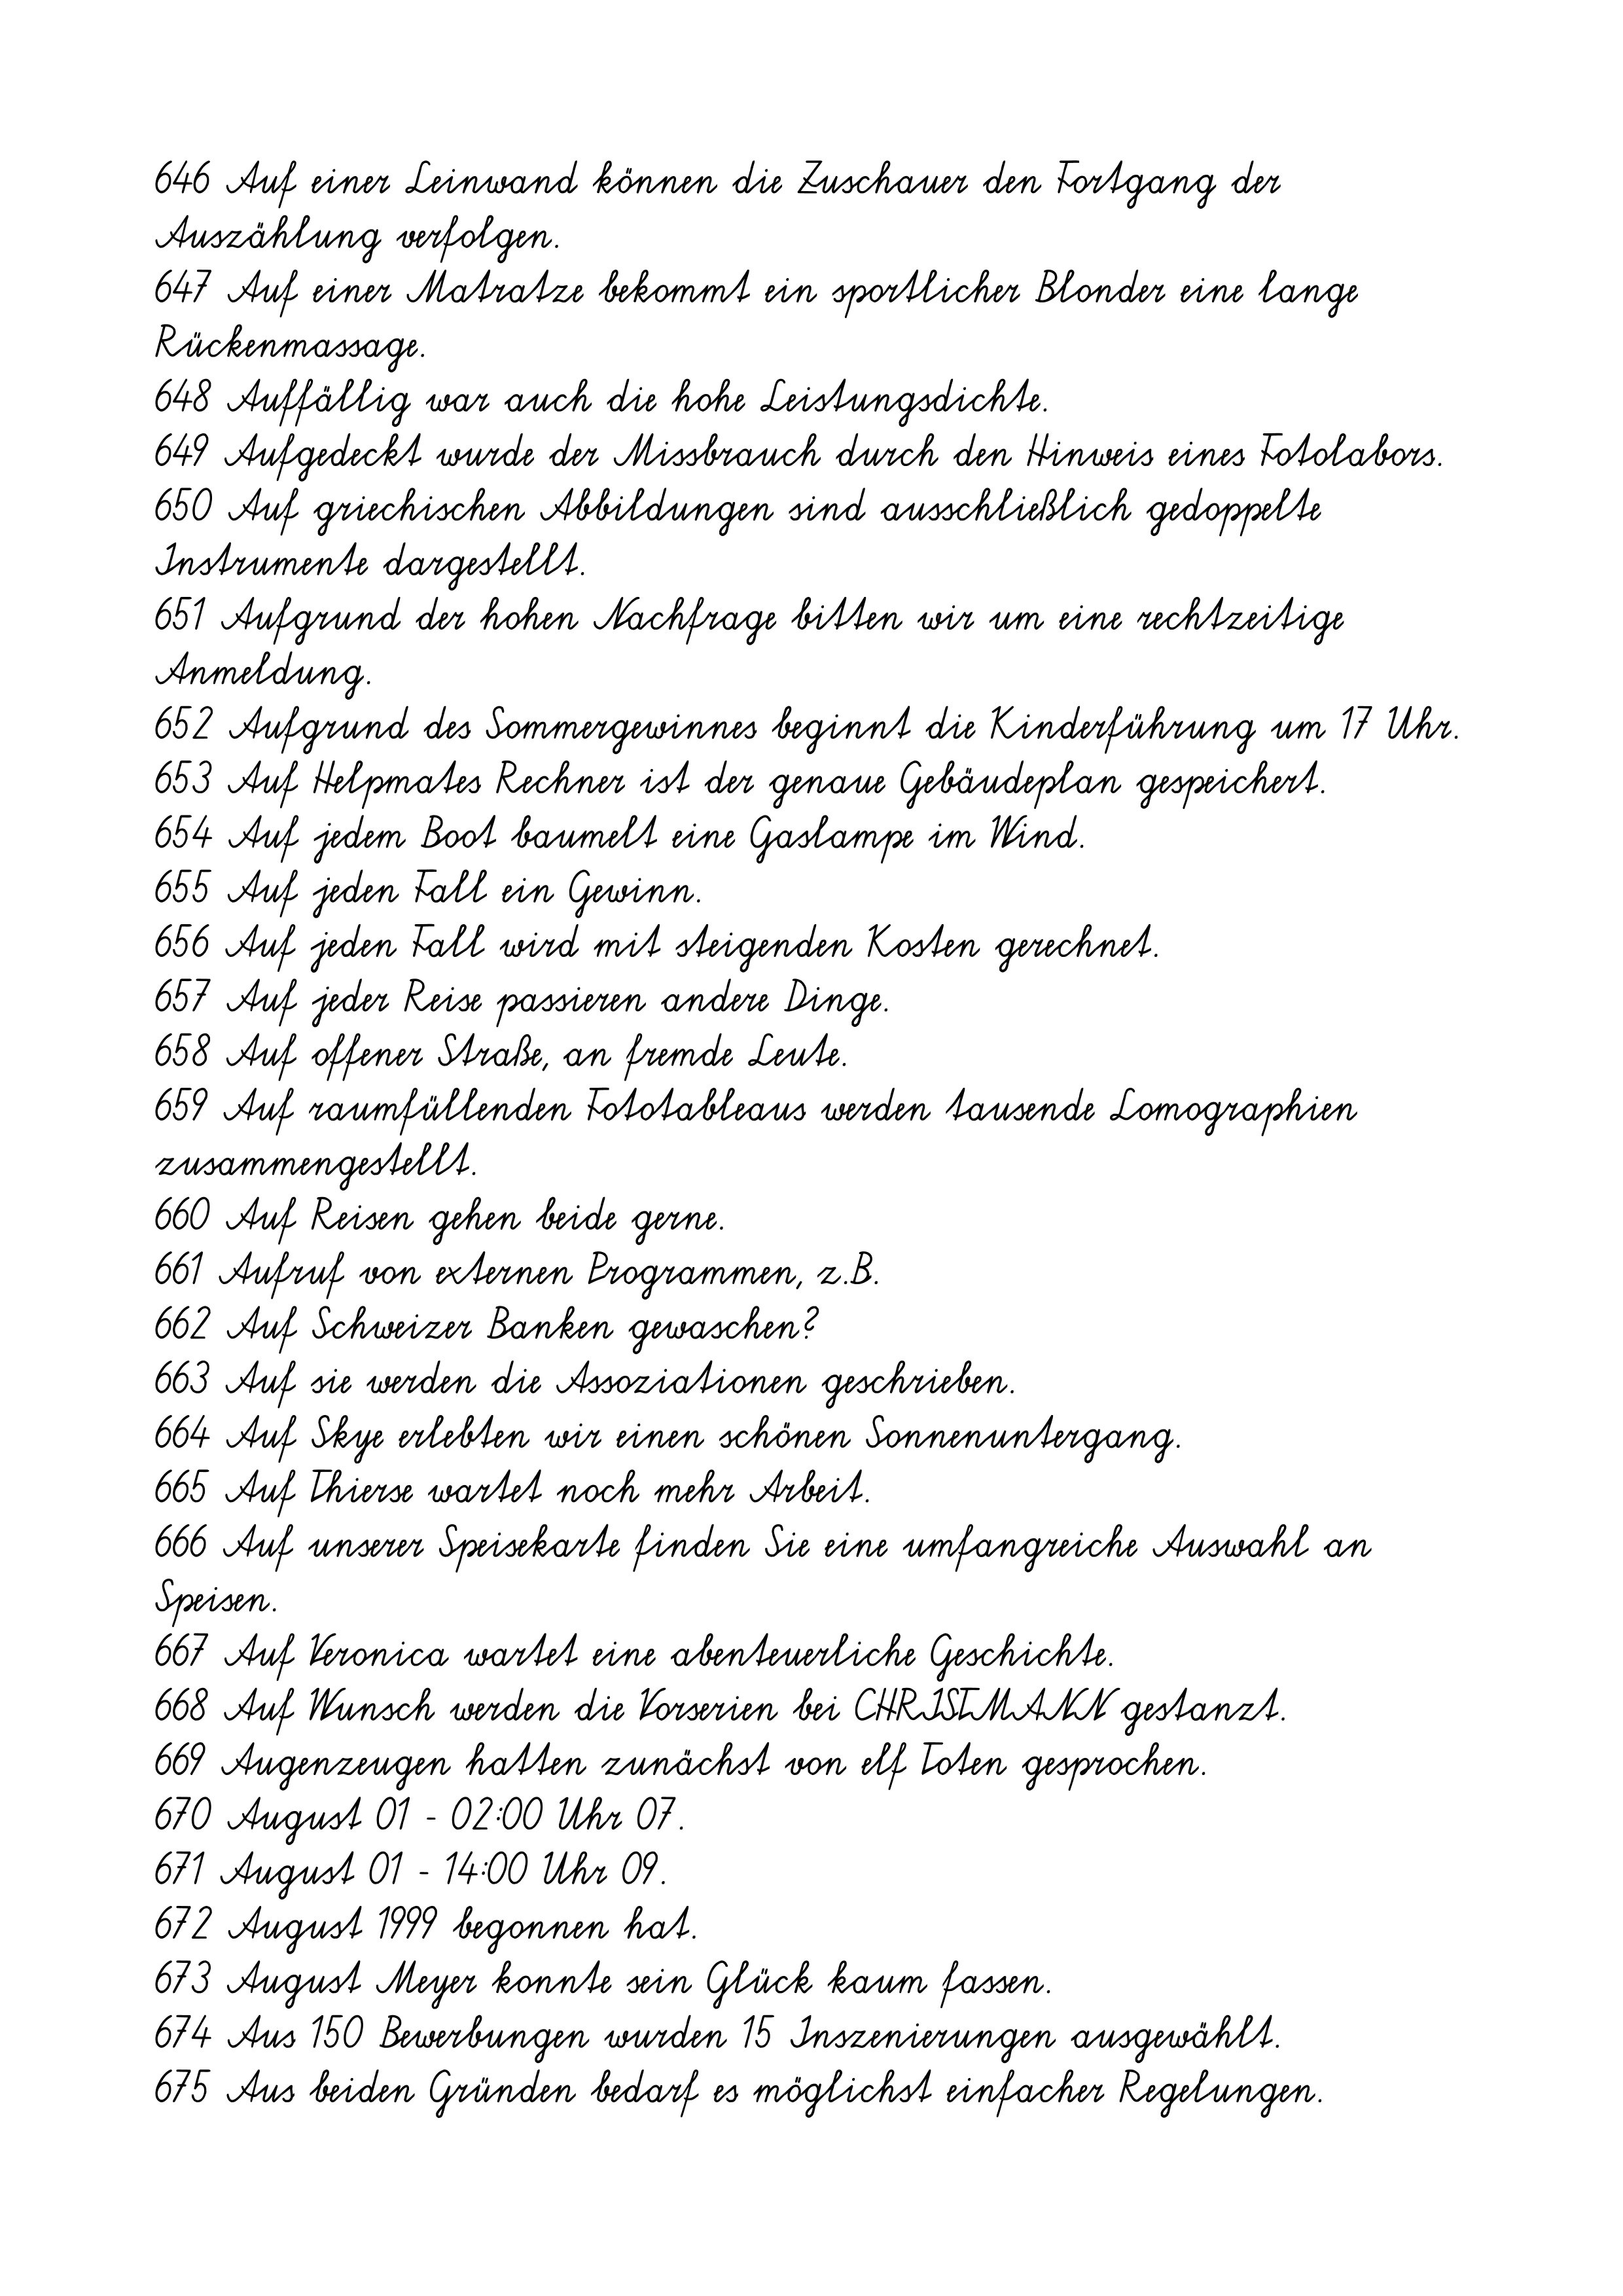
646 Auf einer Leinwand können die Zuschauer den Fortgang der
Auszählung verfolgen.
647 Auf einer Matratze bekommt ein sportlicher Blonder eine lange
Rückenmassage.
648 Auffällig war auch die hohe Leistungsdichte.
649 Aufgedeckt wurde der Missbrauch durch den Hinweis eines Fotolabors.
650 Auf griechischen Abbildungen sind ausschließlich gedoppelte
Instrumente dargestellt.
651 Aufgrund der hohen Nachfrage bitten wir um eine rechtzeitige
Anmeldung.
652 Aufgrund des Sommergewinnes beginnt die Kinderführung um 17 Uhr.
653 Auf Helpmates Rechner ist der genaue Gebäudeplan gespeichert.
654 Auf jedem Boot baumelt eine Gaslampe im Wind.
655 Auf jeden Fall ein Gewinn.
656 Auf jeden Fall wird mit steigenden Kosten gerechnet.
657 Auf jeder Reise passieren andere Dinge.
658 Auf offener Straße, an fremde Leute.
659 Auf raumfüllenden Fototableaus werden tausende Lomographien
zusammengestellt.
660 Auf Reisen gehen beide gerne.
661 Aufruf von externen Programmen, z.B.
662 Auf Schweizer Banken gewaschen?
663 Auf sie werden die Assoziationen geschrieben.
664 Auf Skye erlebten wir einen schönen Sonnenuntergang.
665 Auf Thierse wartet noch mehr Arbeit.
666 Auf unserer Speisekarte finden Sie eine umfangreiche Auswahl an
Speisen.
667 Auf Veronica wartet eine abenteuerliche Geschichte.
668 Auf Wunsch werden die Vorserien bei CHRISTMANN gestanzt.
669 Augenzeugen hatten zunächst von elf Toten gesprochen.
670 August 01 - 02:00 Uhr 07.
671 August 01 - 14:00 Uhr 09.
672 August 1999 begonnen hat.
673 August Meyer konnte sein Glück kaum fassen.
674 Aus 150 Bewerbungen wurden 15 Inszenierungen ausgewählt.
675 Aus beiden Gründen bedarf es möglichst einfacher Regelungen.